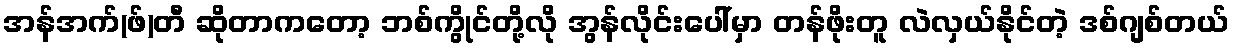
အန်အက်(ဖ်)တီ ဆိုတာကတော့ ဘစ်ကွိုင်တို့လို အွန်လိုင်းပေါ်မှာ တန်ဖိုးတူ လဲလှယ်နိုင်တဲ့ ဒစ်ဂျစ်တယ်